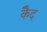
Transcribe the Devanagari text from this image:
कैेद